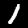
Digit: 1